Leningradi_Edasi_toimetus, lk 198
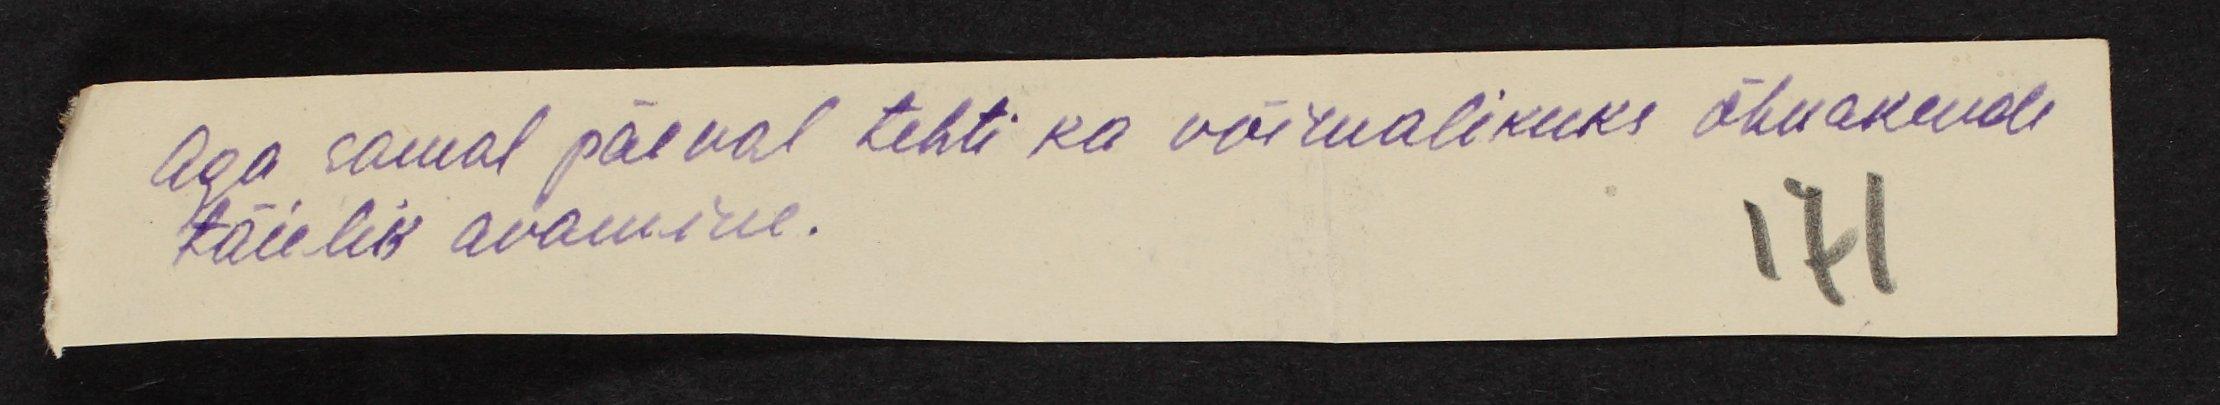
Aga samal päeval tehti ka võimalikuks õhuakende
täielik avamine.